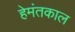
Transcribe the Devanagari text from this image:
हेमंतकाल